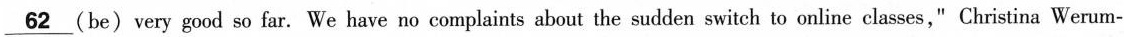
\underline{62} (be)very good so far. We have no complaints about the sudden switch to online classes," Christina Werum-